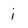
Character: i